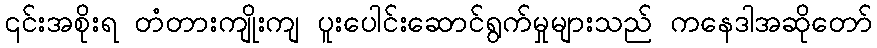
၎င်းအစိုးရ တံတားကျိုးကျ ပူးပေါင်းဆောင်ရွက်မှုများသည် ကနေဒါအဆိုတော်